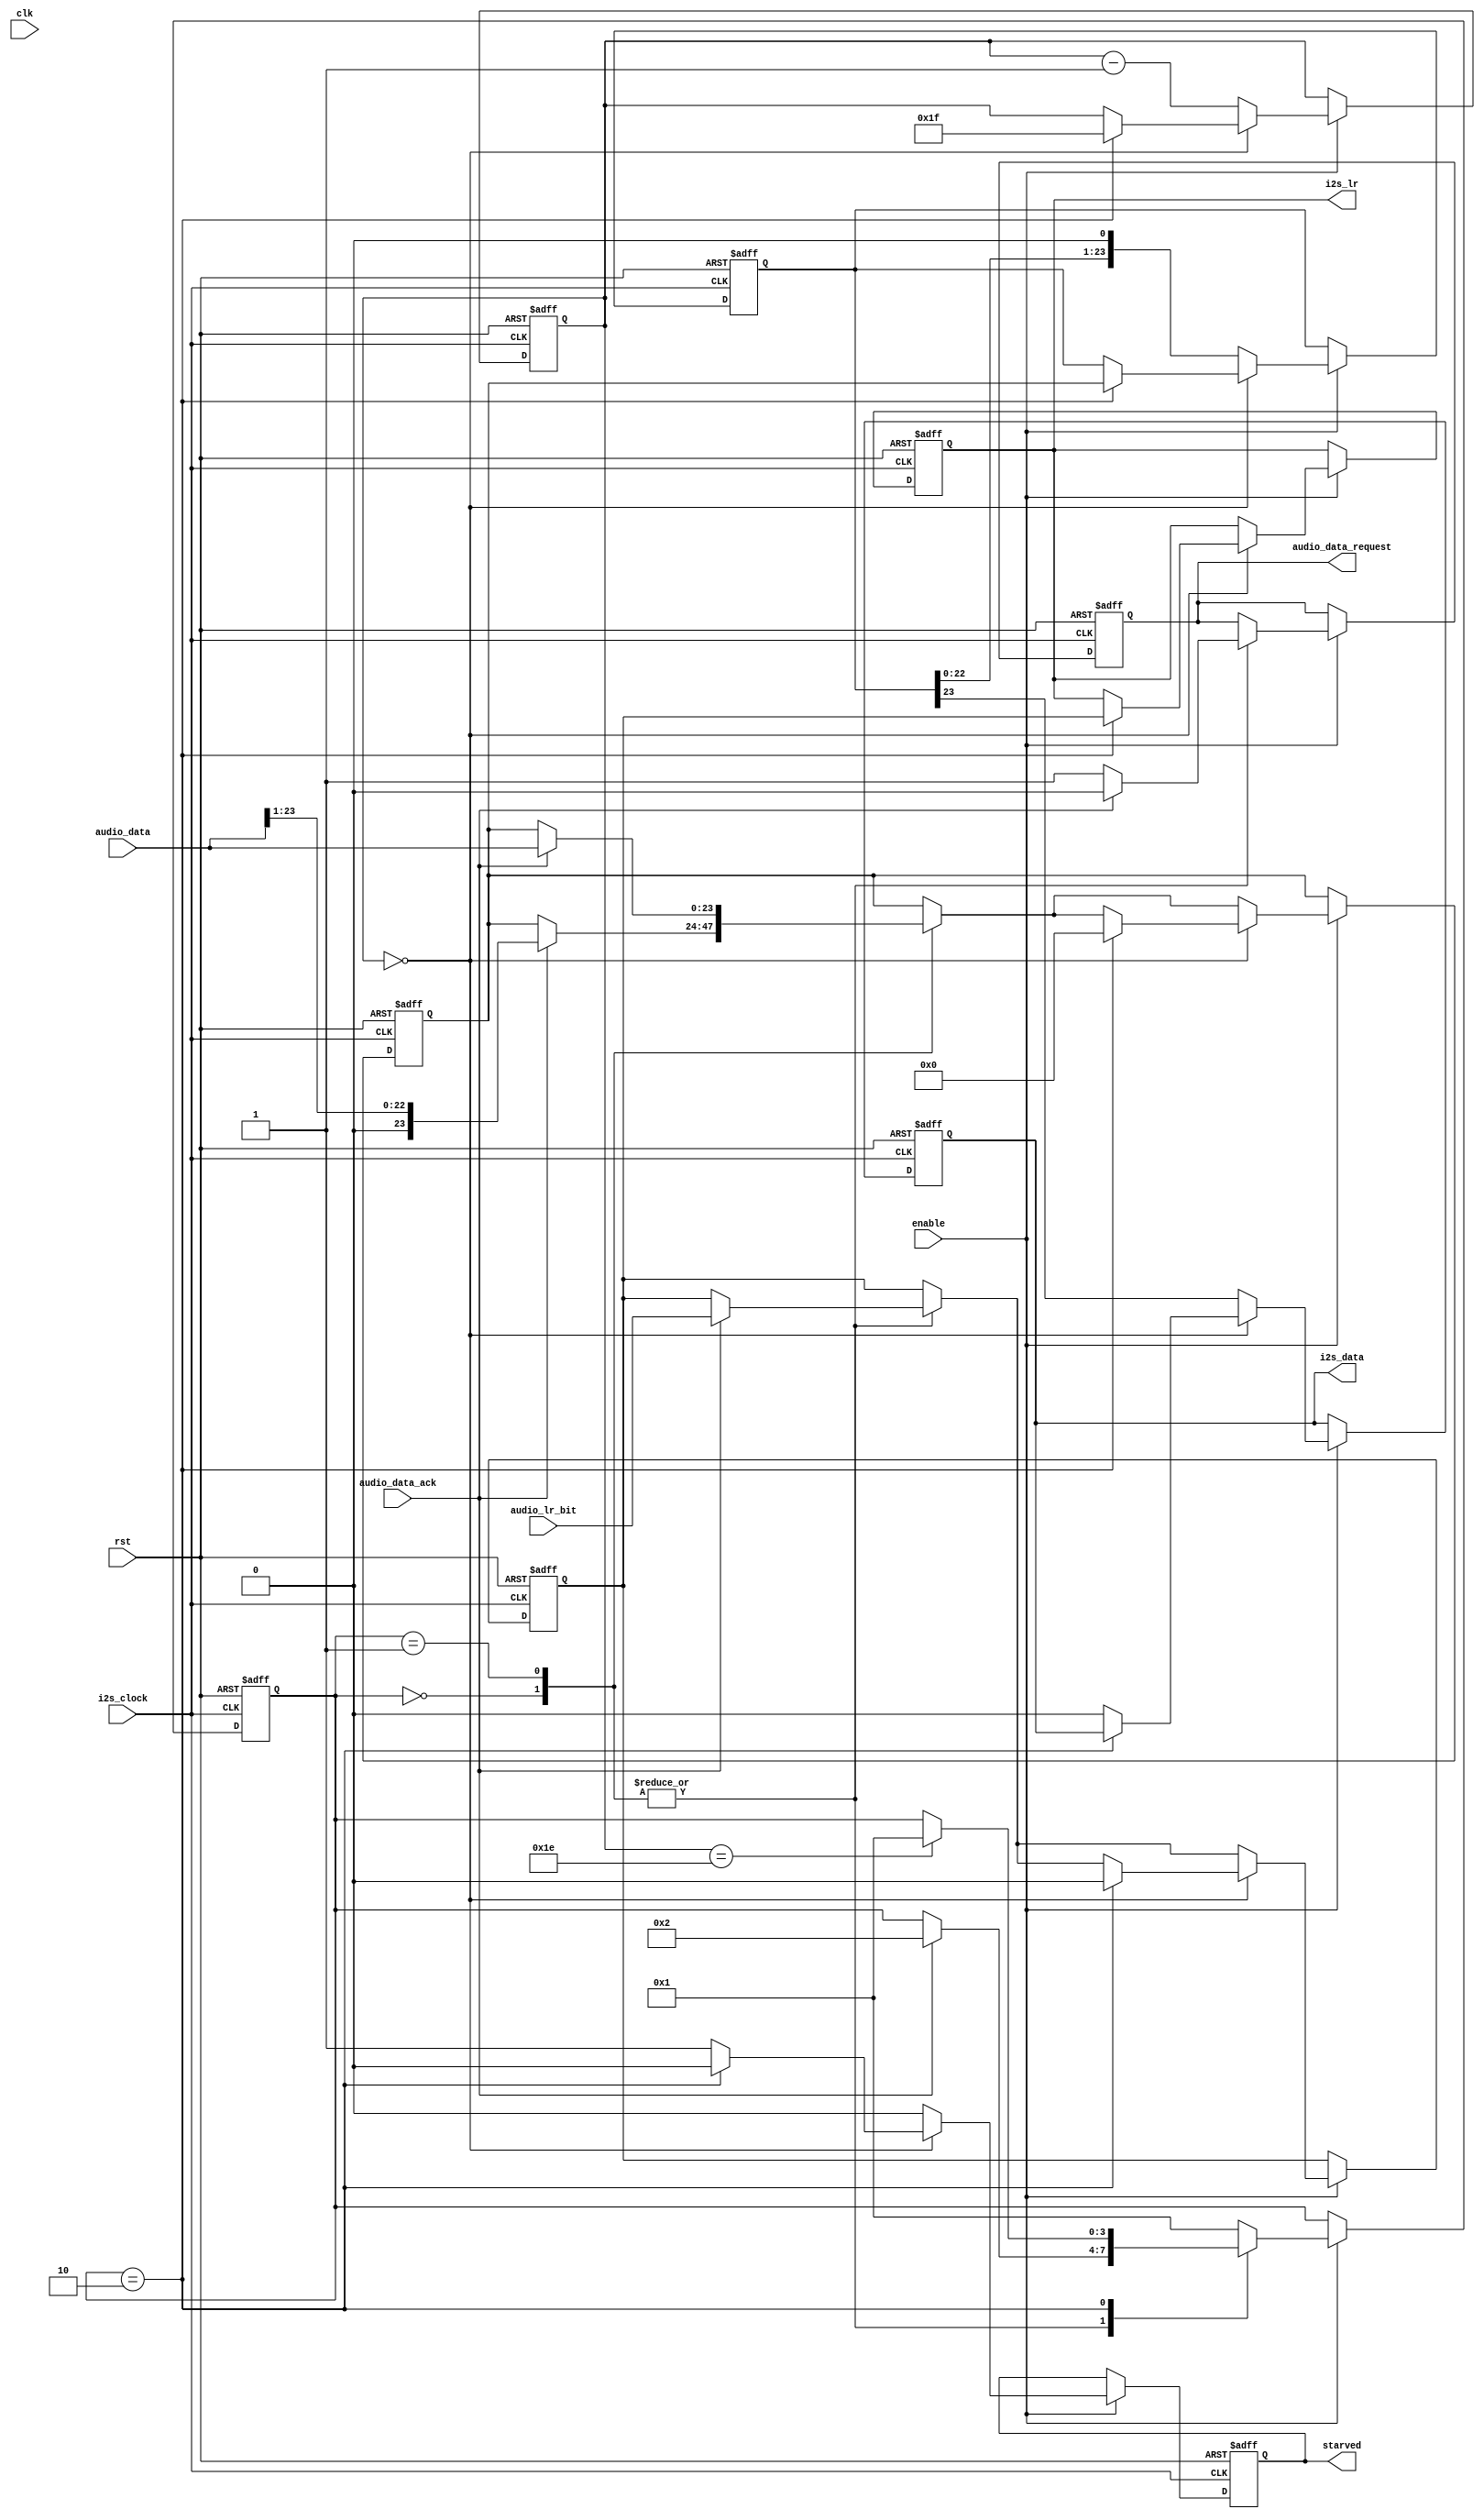
//i2s_writer.v
/*
Distributed under the MIT license.
Copyright (c) 2011 Dave McCoy (dave.mccoy@cospandesign.com)

Permission is hereby granted, free of charge, to any person obtaining a copy of
this software and associated documentation files (the "Software"), to deal in 
the Software without restriction, including without limitation the rights to 
use, copy, modify, merge, publish, distribute, sublicense, and/or sell copies 
of the Software, and to permit persons to whom the Software is furnished to do 
so, subject to the following conditions:

The above copyright notice and this permission notice shall be included in all 
copies or substantial portions of the Software.

THE SOFTWARE IS PROVIDED "AS IS", WITHOUT WARRANTY OF ANY KIND, EXPRESS OR 
IMPLIED, INCLUDING BUT NOT LIMITED TO THE WARRANTIES OF MERCHANTABILITY, 
FITNESS FOR A PARTICULAR PURPOSE AND NONINFRINGEMENT. IN NO EVENT SHALL THE 
AUTHORS OR COPYRIGHT HOLDERS BE LIABLE FOR ANY CLAIM, DAMAGES OR OTHER 
LIABILITY, WHETHER IN AN ACTION OF CONTRACT, TORT OR OTHERWISE, ARISING FROM, 
OUT OF OR IN CONNECTION WITH THE SOFTWARE OR THE USE OR OTHER DEALINGS IN THE 
SOFTWARE.
*/


module i2s_writer (
  rst,
  clk,

  //control/status
  enable,
  starved,

  //clock
  i2s_clock,

  //mem controller interface
  audio_data_request,
  audio_data_ack,
  audio_data,
  audio_lr_bit,

  //physical connections
  i2s_data,
  i2s_lr
);

parameter           DATA_SIZE = 32;

input               rst;
input               clk;

input               enable;

input               i2s_clock;

output  reg         audio_data_request;
input               audio_data_ack;
input       [23:0]  audio_data;
input               audio_lr_bit;

output  reg         i2s_data;
output  reg         i2s_lr;

output  reg         starved;

//parameter
parameter           START         = 4'h0;
parameter           REQUEST_DATA  = 4'h1;
parameter           DATA_READY    = 4'h2;

//registers/wires
reg         [7:0]   bit_count;
reg         [23:0]  new_audio_data;
reg                 new_audio_lr_bit;
reg         [23:0]  audio_shifter;

//writer state machine
reg         [3:0]   state;

//asynchronous logic

//synchronous logic
always @ (posedge rst or negedge i2s_clock) begin
  if (rst) begin
    bit_count           <=  DATA_SIZE -1;
    new_audio_data      <=  0;
    new_audio_lr_bit    <=  0;
    audio_shifter       <=  0;
    state               <=  START;
    starved             <=  1;
    i2s_data            <=  0;
    i2s_lr              <=  0;
    audio_data_request  <=  0;
  end
  else if (enable) begin
    starved           <=  0;
    case (state)
      START: begin
         audio_data_request       <=  1;
        if (audio_data_ack) begin
          audio_data_request     <=  0;
          state             <=  DATA_READY;
          new_audio_data    <=  {1'b0, audio_data[23:1]};
          //new_audio_data    <=  audio_data[23:0];
          new_audio_lr_bit  <=  audio_lr_bit;
        end
      end
      REQUEST_DATA: begin
        audio_data_request       <=  1;
        if (audio_data_ack) begin
          audio_data_request     <=  0;
          state             <=  DATA_READY;
          new_audio_data    <=  audio_data;
          new_audio_lr_bit  <=  audio_lr_bit;
        end
      end
      DATA_READY: begin
        //wait for the bit count to reach 0
        if (bit_count == DATA_SIZE - 2) begin
          state       <=  REQUEST_DATA;
        end
      end
      default: begin
        state       <=  REQUEST_DATA;
      end
    endcase

    //continusously shift data out
    if (bit_count == 0) begin
      if (state == DATA_READY) begin
        //put the new data into the shifter and reset the bit_count
        bit_count       <=  DATA_SIZE - 1;
        audio_shifter   <=  new_audio_data;
        i2s_lr          <=  new_audio_lr_bit;
        new_audio_data  <=  0;
        new_audio_lr_bit<=  0;
      end
      else begin
        //starved, can't do anything
        starved         <=  1;
        i2s_data        <=  0;
      end
    end
    else begin
      //shift out data
      bit_count         <=  bit_count - 1;
      i2s_data          <=  audio_shifter[23];
      audio_shifter     <=  {audio_shifter[22:0], 1'b0};
    end
  end
end

endmodule